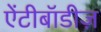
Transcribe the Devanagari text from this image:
ऐंटीबॉडीज़